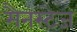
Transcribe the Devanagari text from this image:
मैनस्टेज